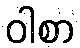
ဝါစာ